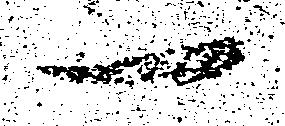
一